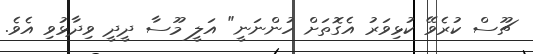
ޗޫސް ކުރެވޭ ކުޅިވަރު އެގޮތަށް ހުންނަނީ" އަލީ މޫސާ ދީދީ ވިދާޅުވި އެވެ.